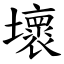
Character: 壞